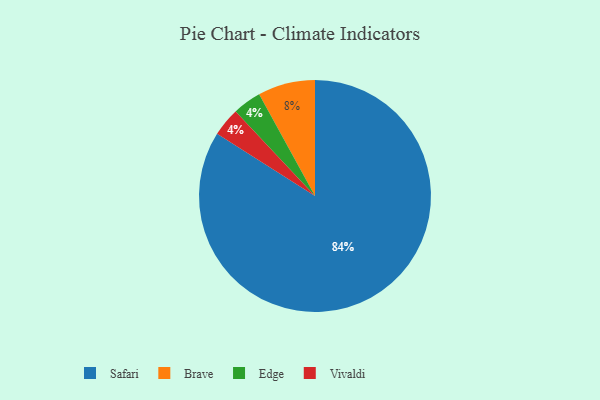
{"axis": {"x": "Category", "y": "Percentage"}, "legend": ["Brave", "Edge", "Safari", "Vivaldi"], "data": [{"x": "Brave", "y": 8, "type": "Brave"}, {"x": "Edge", "y": 4, "type": "Edge"}, {"x": "Safari", "y": 84, "type": "Safari"}, {"x": "Vivaldi", "y": 4, "type": "Vivaldi"}]}